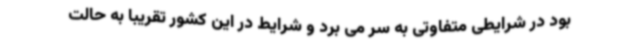
بود در شرایطی متفاوتی به سر می برد و شرایط در این کشور تقریبا به حالت